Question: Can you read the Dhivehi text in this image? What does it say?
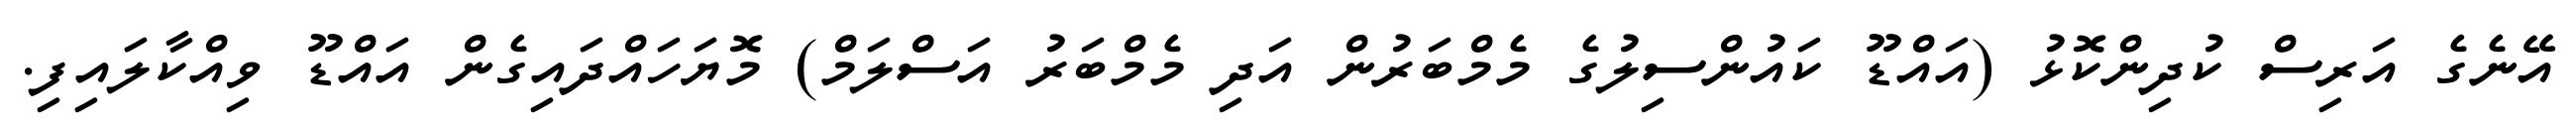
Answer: އޭނެގެ އަރިސް ކުދިންކޮޅު (އައްޑޫ ކައުންސިލުގެ މެމްބަރުން އަދި މެމްބަރު އަސްލަމް) މޮޔަހައްދައިގެން އައްޑޫ ވިއްކާލައިފި.